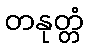
တနုတ္တံ